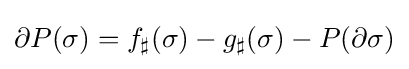
\partial P(\sigma )=f_{\sharp }(\sigma )-g_{\sharp }(\sigma )-P(\partial \sigma )